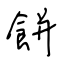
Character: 餅